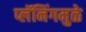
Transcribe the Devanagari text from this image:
प्लॅनिंगमुळे